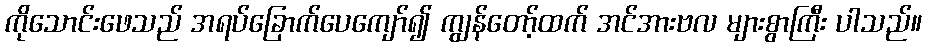
ကိုသောင်းဖေသည် အရပ်ခြောက်ပေကျော်၍ ကျွန်တော့်ထက် အင်အားဗလ များစွာကြီး ပါသည်။